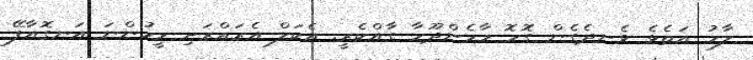
ލާމު އަތެޅެ ވެނދެގެން ގޮހޮ މާމެންދޫހާ ގާއްކެރީ. އެކަލް އެރައްރަށި މީހުންނަ އަނގޮއާފޭ